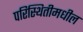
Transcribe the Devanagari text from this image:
परिस्थितीमधील